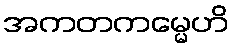
အကတကမ္မေဟိ